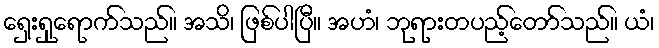
ရှေးရှုရောက်သည်။ အသိ၊ ဖြစ်ပါပြီ။ အဟံ၊ ဘုရားတပည့်တော်သည်။ ယံ၊